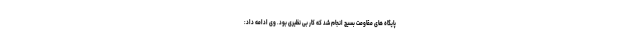
پایگاه های مقاومت بسیج انجام شد که کار بی نظیری بود. وی ادامه داد: